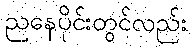
ညနေပိုင်းတွင်လည်း